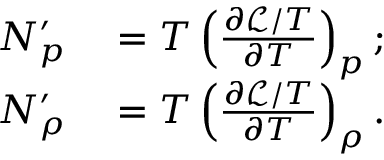
\begin{array} { r l } { N _ { p } ^ { \prime } } & { { } = T \left( \frac { \partial \mathcal { L } / T } { \partial T } \right) _ { p } ; } \\ { N _ { \rho } ^ { \prime } } & { { } = T \left( \frac { \partial \mathcal { L } / T } { \partial T } \right) _ { \rho } . } \end{array}